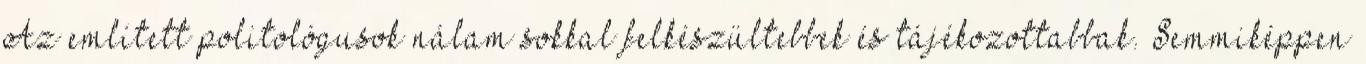
Az említett politológusok nálam sokkal felkészültebbek és tájékozottabbak. Semmiképpen